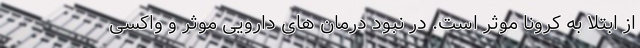
از ابتلا به کرونا موثر است. در نبود درمان های دارویی موثر و واکسی